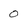
Character: 0